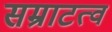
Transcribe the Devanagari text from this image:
सम्राटत्व